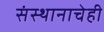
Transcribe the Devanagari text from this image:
संस्थानाचेही